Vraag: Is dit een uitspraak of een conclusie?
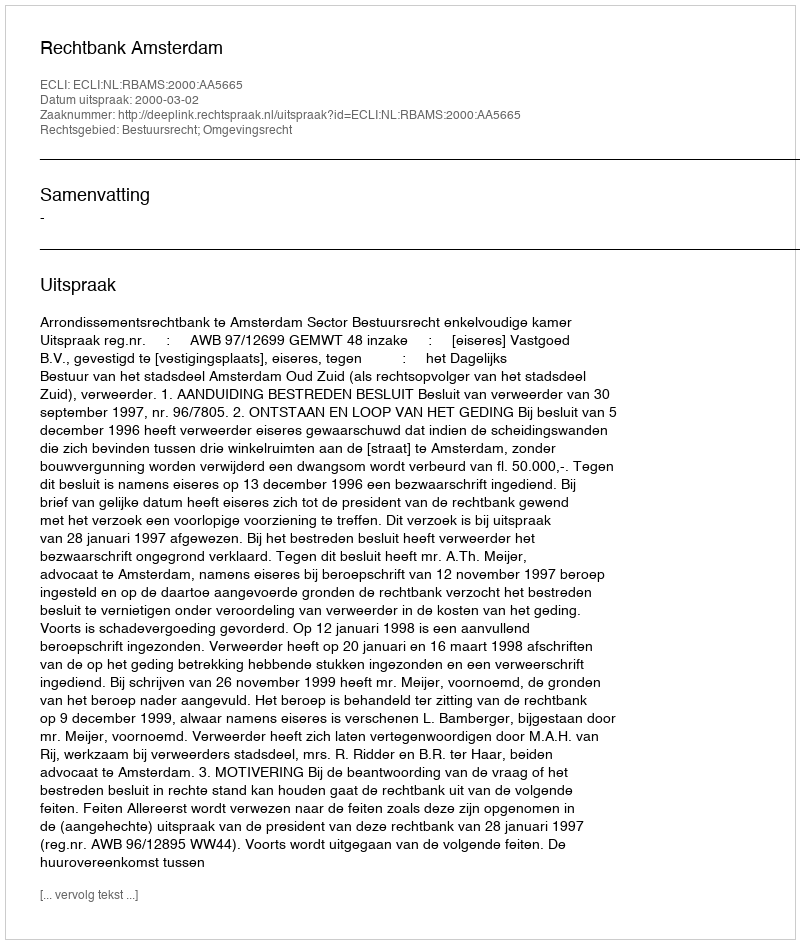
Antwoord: Uitspraak